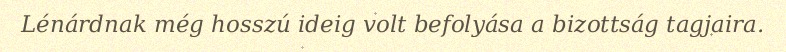
Lénárdnak még hosszú ideig volt befolyása a bizottság tagjaira.